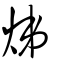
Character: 焍